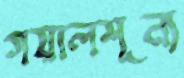
গয়ালশূন্য